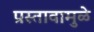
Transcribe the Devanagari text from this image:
प्रस्तावामुळे